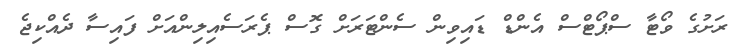
ރަށުގެ ވޯޓާ ސްޕޯޓްސް އެންޑް ޑައިވިން ސެންޓަރަށް ގޮސް ޕެރަސެއިލިންއަށް ފައިސާ ދެއްކިޖެ